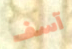
آسف